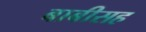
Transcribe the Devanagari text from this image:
बाबीसह